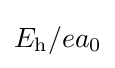
E_{\text{h}}/ea_{0}